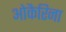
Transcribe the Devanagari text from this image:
ओकैरिना